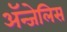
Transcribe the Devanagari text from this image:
ॲन्जेलिस